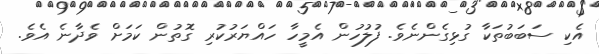
އެކި ސަބަބުތަކާ ގުޅިގެންނެވެ. ފުލުހުން އެމީހާ ހައްޔަރުކުރި ގޮތުން ކަމަށް ވެދާނެ އެވެ.